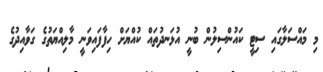
މި މައްސަލާގައި ސިޓީ ކައުންސިލުން ބުނީ އުޅަނދުތައް ކުއްޔަށް ހިފާފައިވަނީ މާލިއްޔަތުގެ ގަވާއިދުގެ